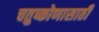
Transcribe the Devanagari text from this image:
चतुष्कोणासाठी